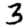
Digit: 3